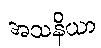
အသနိယာ